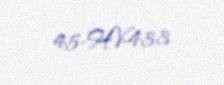
45-HV-433